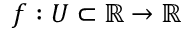
f : U \subset \mathbb { R } \to \mathbb { R }